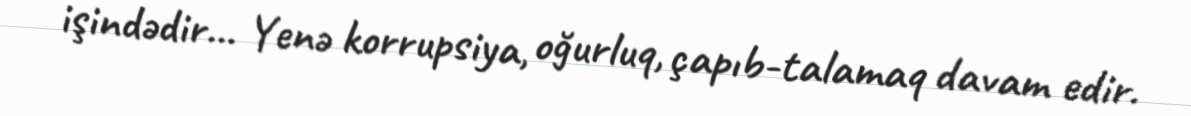
işindədir... Yenə korrupsiya, oğurluq, çapıb-talamaq davam edir.